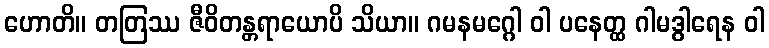
ဟောတိ။ တတြဿ ဇီဝိတန္တရာယောပိ သိယာ။ ဂမနမဂ္ဂေါ ဝါ ပနေတ္ထ ဂါမဒွါရေန ဝါ